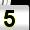
Digit: 5